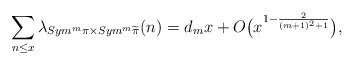
\begin{align*}\sum_{n \leq x} \lambda_{Sym^m \pi \times Sym^m \widetilde\pi}(n) =d_{m}x+O\big(x^{1-\frac{2}{(m+1)^2 +1}}\big),\end{align*}